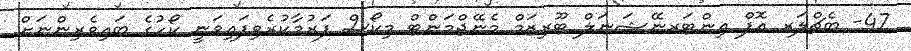
47- ބެޗްލަރ އޮފް އިންޓަރނޭޝަނަލް ޓޫރިޒަމް މެނޭޖްމަންޓް މިކޯސް ފަރުމާކުރެވިފައިވަނީ ކޯހުގެ ބައިވެރިންނަށް